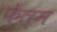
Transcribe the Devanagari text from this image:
फ़ेल्म